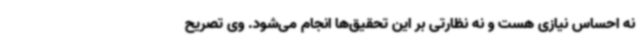
نه احساس نیازی هست و نه نظارتی بر این تحقیق‌ها انجام می‌شود. وی تصریح